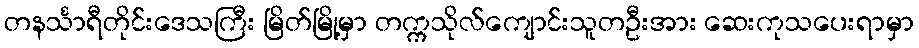
တနင်္သာရီတိုင်းဒေသကြီး မြိတ်မြို့မှာ တက္ကသိုလ်ကျောင်းသူတဦးအား ဆေးကုသပေးရာမှာ